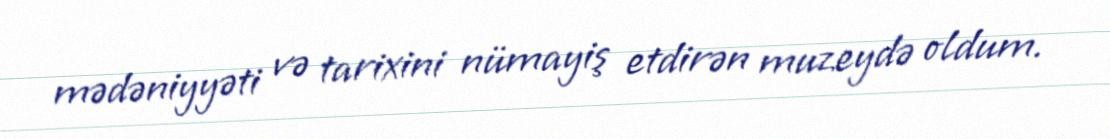
mədəniyyəti və tarixini nümayiş etdirən muzeydə oldum.